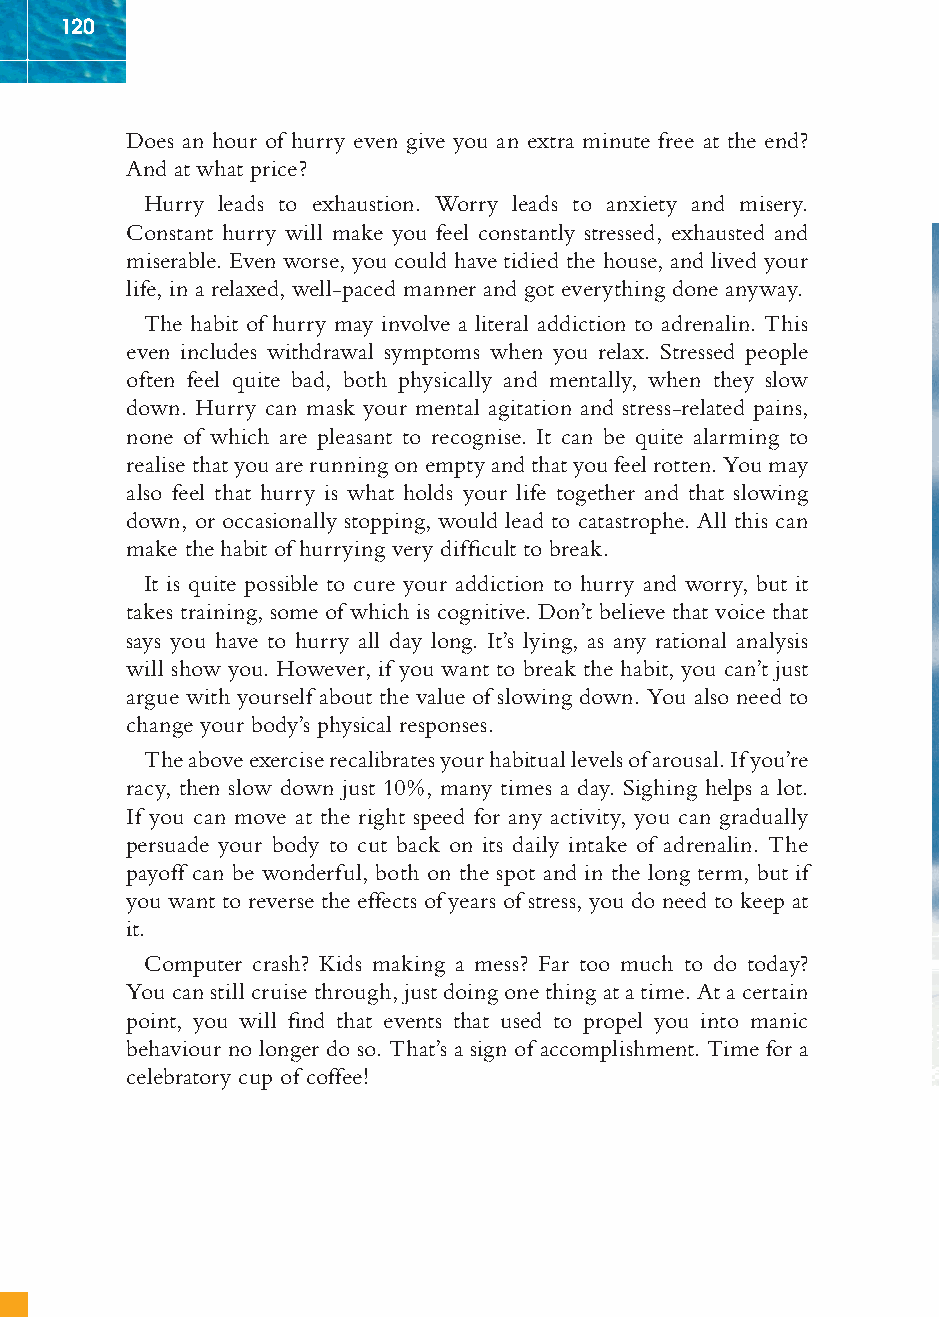
120
 Does an hour of hurry even give you an extra minute free at the end?
 And at what price?
 Hurry leads to exhaustion. Worry leads to anxiety and misery.
 Constant hurry will make you feel constantly stressed, exhausted and
 miserable. Even worse, you could have tidied the house, and lived your
 life, in a relaxed, well-paced manner and got everything done anyway.
 The habit of hurry may involve a literal addiction to adrenalin. This
 even includes withdrawal symptoms when you relax. Stressed people
 often feel quite bad, both physically and mentally, when they slow
 down. Hurry can mask your mental agitation and stress-related pains,
 none of which are pleasant to recognise. It can be quite alarming to
 realise that you are running on empty and that you feel rotten. You may
 also feel that hurry is what holds your life together and that slowing
 down, or occasionally stopping, would lead to catastrophe. All this can
 make the habit of hurrying very diffi cult to break.
 It is quite possible to cure your addiction to hurry and worry, but it
 takes training, some of which is cognitive. Don’t believe that voice that
 says you have to hurry all day long. It’s lying, as any rational analysis
 will show you. However, if you want to break the habit, you can’t just
 argue with yourself about the value of slowing down. You also need to
 change your body’s physical responses.
 The above exercise recalibrates your habitual levels of arousal. If you’re
 racy, then slow down just 10%, many times a day. Sighing helps a lot.
 If you can move at the right speed for any activity, you can gradually
 persuade your body to cut back on its daily intake of adrenalin. The
 payoff can be wonderful, both on the spot and in the long term, but if
 you want to reverse the effects of years of stress, you do need to keep at
 it.
 Computer crash? Kids making a mess? Far too much to do today?
 You can still cruise through, just doing one thing at a time. At a certain
 point, you will fi nd that events that used to propel you into manic
 behaviour no longer do so. That’s a sign of accomplishment. Time for a
 celebratory cup of coffee!
 ffiivvee__220000667788..iinndddd SSeecc11::112244   3300//55//0055 55::0055::2266 PPMM